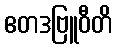
ဧတဒဗြူဝီတိ